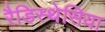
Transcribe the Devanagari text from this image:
रैडिस्थेसिया